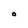
Character: O